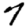
Digit: 7